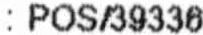
: POS/39336